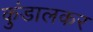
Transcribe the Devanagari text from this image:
कुंडालकर